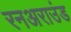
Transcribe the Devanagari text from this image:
रनअराउंड